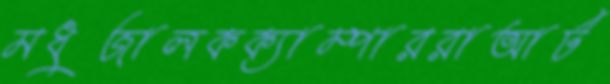
মধুজালকক্যাম্পাররাআর্ট